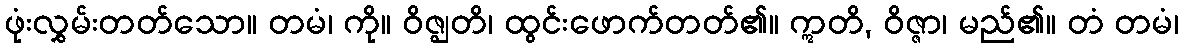
ဖုံးလွှမ်းတတ်သော။ တမံ၊ ကို။ ဝိဇ္ဈတိ၊ ထွင်းဖောက်တတ်၏။ ဣတိ, ဝိဇ္ဇာ၊ မည်၏။ တံ တမံ၊